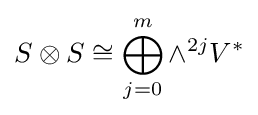
S\otimes S\cong \bigoplus _{j=0}^{m}\wedge ^{2j}V^{*}